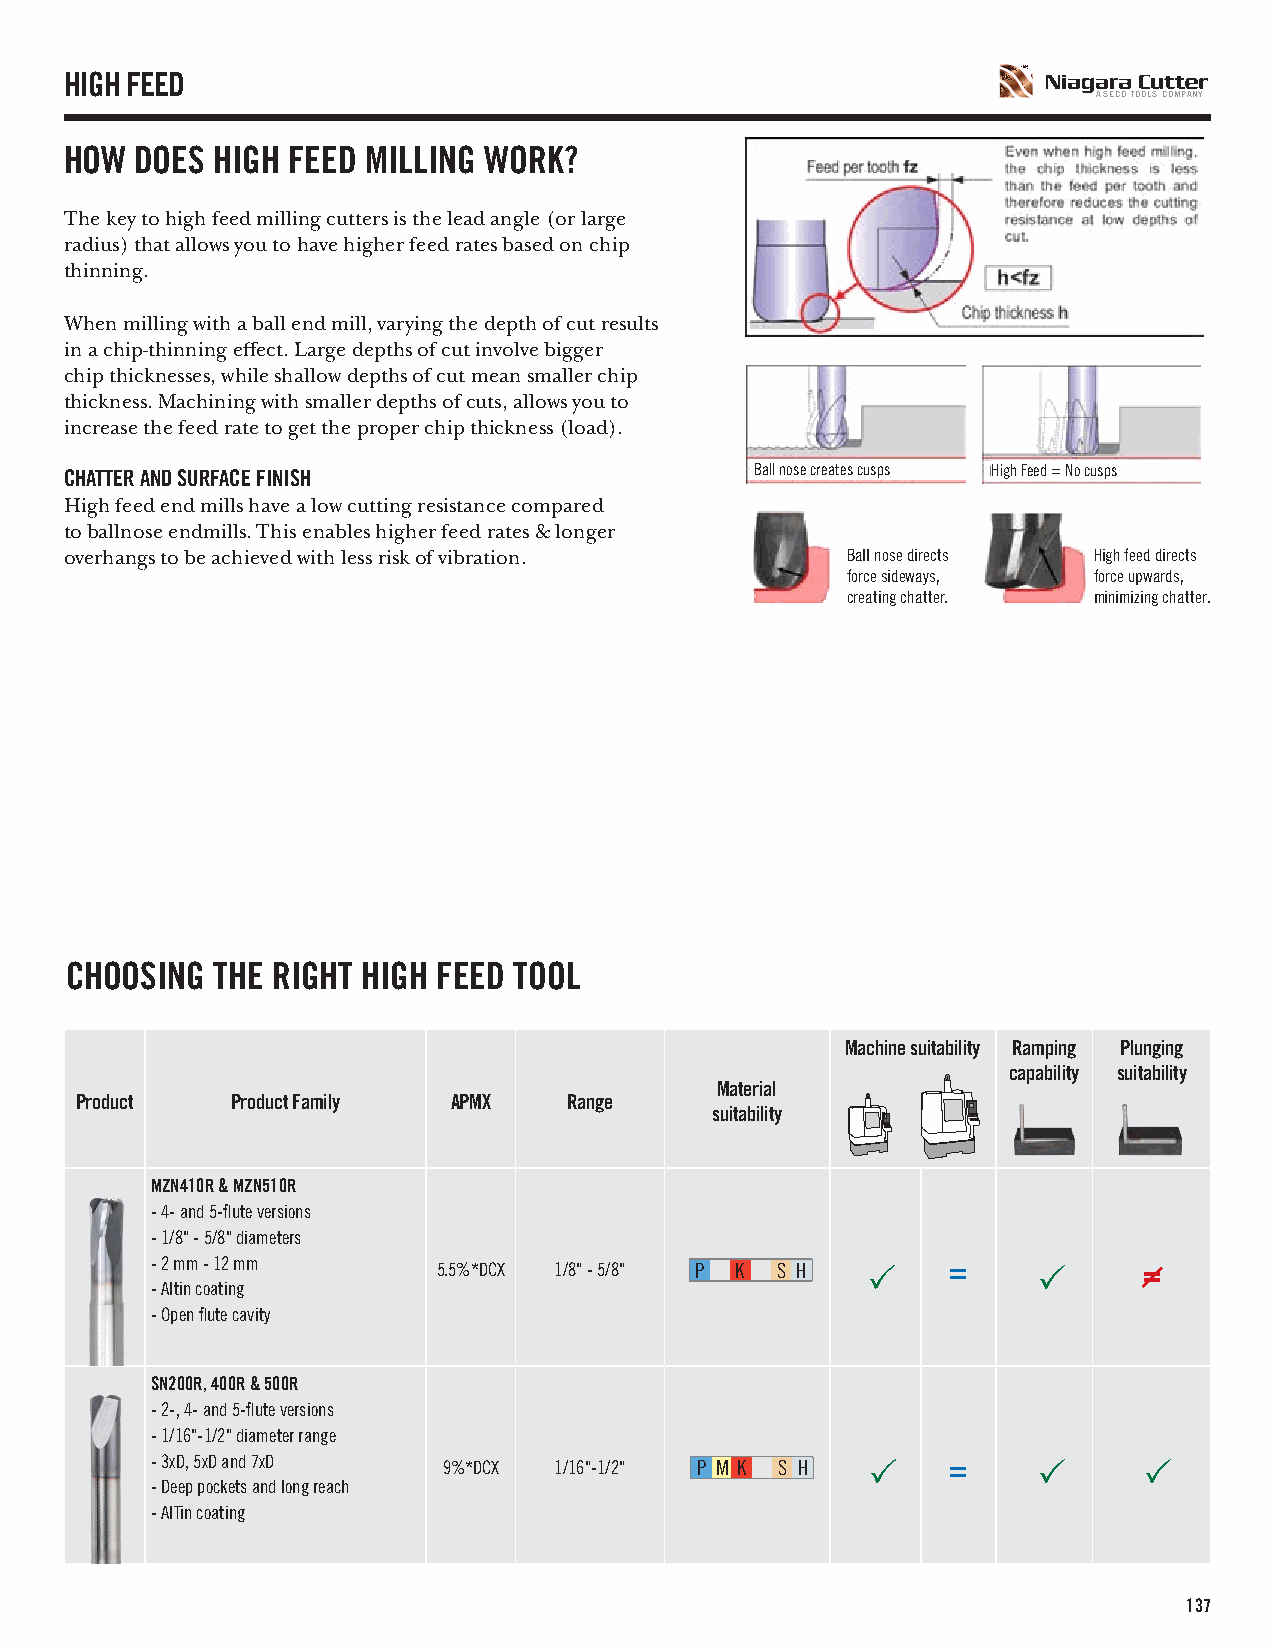
HIGH FEED
 A SECO TOOLS COMPANY
 HOW  DOES HIGH FEED MILLING WORK?
 The key to high feed milling cutters is the lead angle (or large
 radius) that allows you to have higher feed rates based on chip
 thinning.
 When milling with a ball end mill, varying the depth of cut results
 in a chip-thinning effect. Large depths of cut involve bigger
 chip thicknesses, while shallow depths of cut mean smaller chip
 thickness. Machining with smaller depths of cuts, allows you to
 increase the feed rate to get the proper chip thickness (load).
 CHATTER AND SURFACE FINISH                    Ball nose creates cusps High Feed = No cusps
 High feed end mills have a low cutting resistance compared
 to ballnose endmills. This enables higher feed rates & longer
 overhangs to be achieved with less risk of vibration. Ball nose directs High feed directs
 force sideways, force upwards,
 creating chatter. minimizing chatter.
 CHOOSING  THE RIGHT HIGH FEED TOOL
 Machine suitability Ramping Plunging
 capability suitability
 Material
 Product   Product Family APMX    Range
 suitability
 MZN410R & MZN510R
 - 4- and 5-flute versions
 - 1/8" - 5/8" diameters
 - 2 mm - 12 mm     5.5%*DCX 1/8" - 5/8" P K S H      =
 - AItin coating
 - Open flute cavity
 SN200R, 400R & 500R
 - 2-, 4- and 5-flute versions
 - 1/16"-1/2" diameter range
 - 3xD, 5xD and 7xD 9%*DCX  1/16"-1/2" P M K S H      =
 - Deep pockets and long reach
 - AITin coating
 137